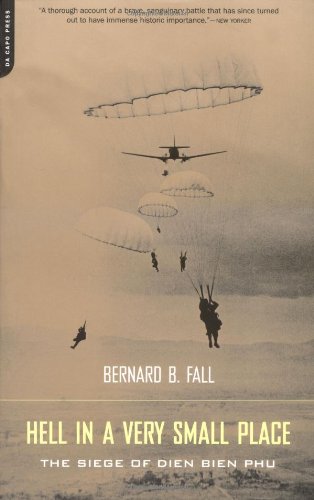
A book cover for Hell In A Very Small Place: The Siege Of Dien Bien Phu; Bernard Fall; History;